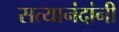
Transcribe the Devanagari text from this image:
सत्यानंदांनी